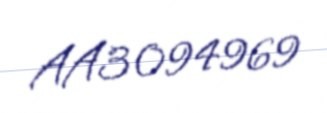
AA3094969